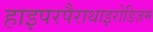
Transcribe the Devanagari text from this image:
हाइपरपैराथाइरोडिज़म